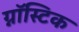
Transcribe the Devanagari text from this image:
ग्नॉस्टिक